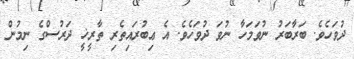
ދުވަހެވެ. ބަރާބަރު ނުވަމަހާ ނުވަ ދުވަހެވެ. އެ ޢިބުރައިތެރި ތާރީޚީ ދަރުސްގެ ނިމުން